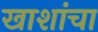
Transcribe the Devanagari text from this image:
खाशांचा